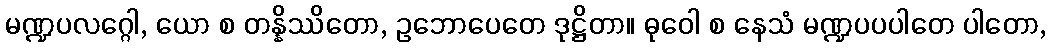
မဏ္ဍပလဂ္ဂေါ, ယော စ တန္နိဿိတော, ဥဘောပေတေ ဒုဋ္ဌိတာ။ ဓုဝေါ စ နေသံ မဏ္ဍပပပါတေ ပါတော,